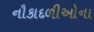
નૌકાદળીઓના